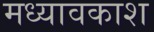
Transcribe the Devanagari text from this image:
मध्यावकाश